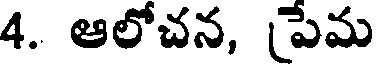
4. ఆలోచన, పేమ